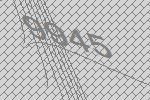
9945